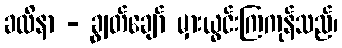
ခလိနာ - ချွတ်ချော် မှားယွင်းကြကုန်သည်၊